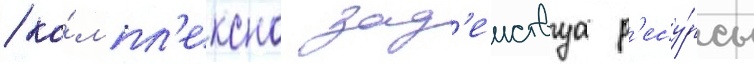
/ ко́мпл'ексно зад'еиствуа р'есу́рсы